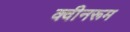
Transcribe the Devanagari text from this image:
क्वीनरूम